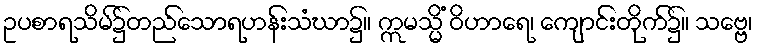
ဥပစာရသိမ်၌တည်သောရဟန်းသံဃာ၌။ ဣမသ္မိံ ဝိဟာရေ၊ ကျောင်းတိုက်၌။ သဗ္ဗေ၊